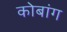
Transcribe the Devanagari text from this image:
कोबांग